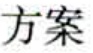
方案